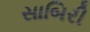
સાબિરી